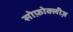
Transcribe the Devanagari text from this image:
सोफ़ोक्लीज़